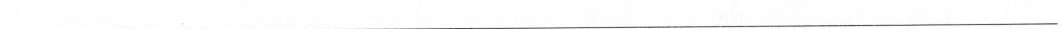
___